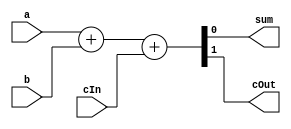
`timescale 1ns / 1ps
//////////////////////////////////////////////////////////////////////////////////
// Company: 
// Engineer: 
// 
// Design Name: 
// Module Name: FullAdder
// Project Name: 
// Target Devices: 
// Tool Versions: 
// Description: 
// 
// Dependencies: 
// 
// Revision:
// Revision 0.01 - File Created
// Additional Comments:
// 
//////////////////////////////////////////////////////////////////////////////////


module FullAdder(
input a, b, cIn,
output sum, cOut
    );
    assign {cOut, sum} = a+b+cIn;
endmodule